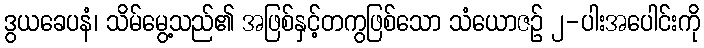
ဒွယခေပနံ၊ သိမ်မွေ့သည်၏ အဖြစ်နှင့်တကွဖြစ်သော သံယောဇဉ် ၂-ပါးအပေါင်းကို